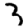
Digit: 3